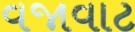
વજાવાટ